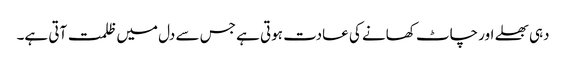
دہی بھلے اور چاٹ کھانے کی عادت ہوتی ہے جس سے دل میں ظلمت آتی ہے۔